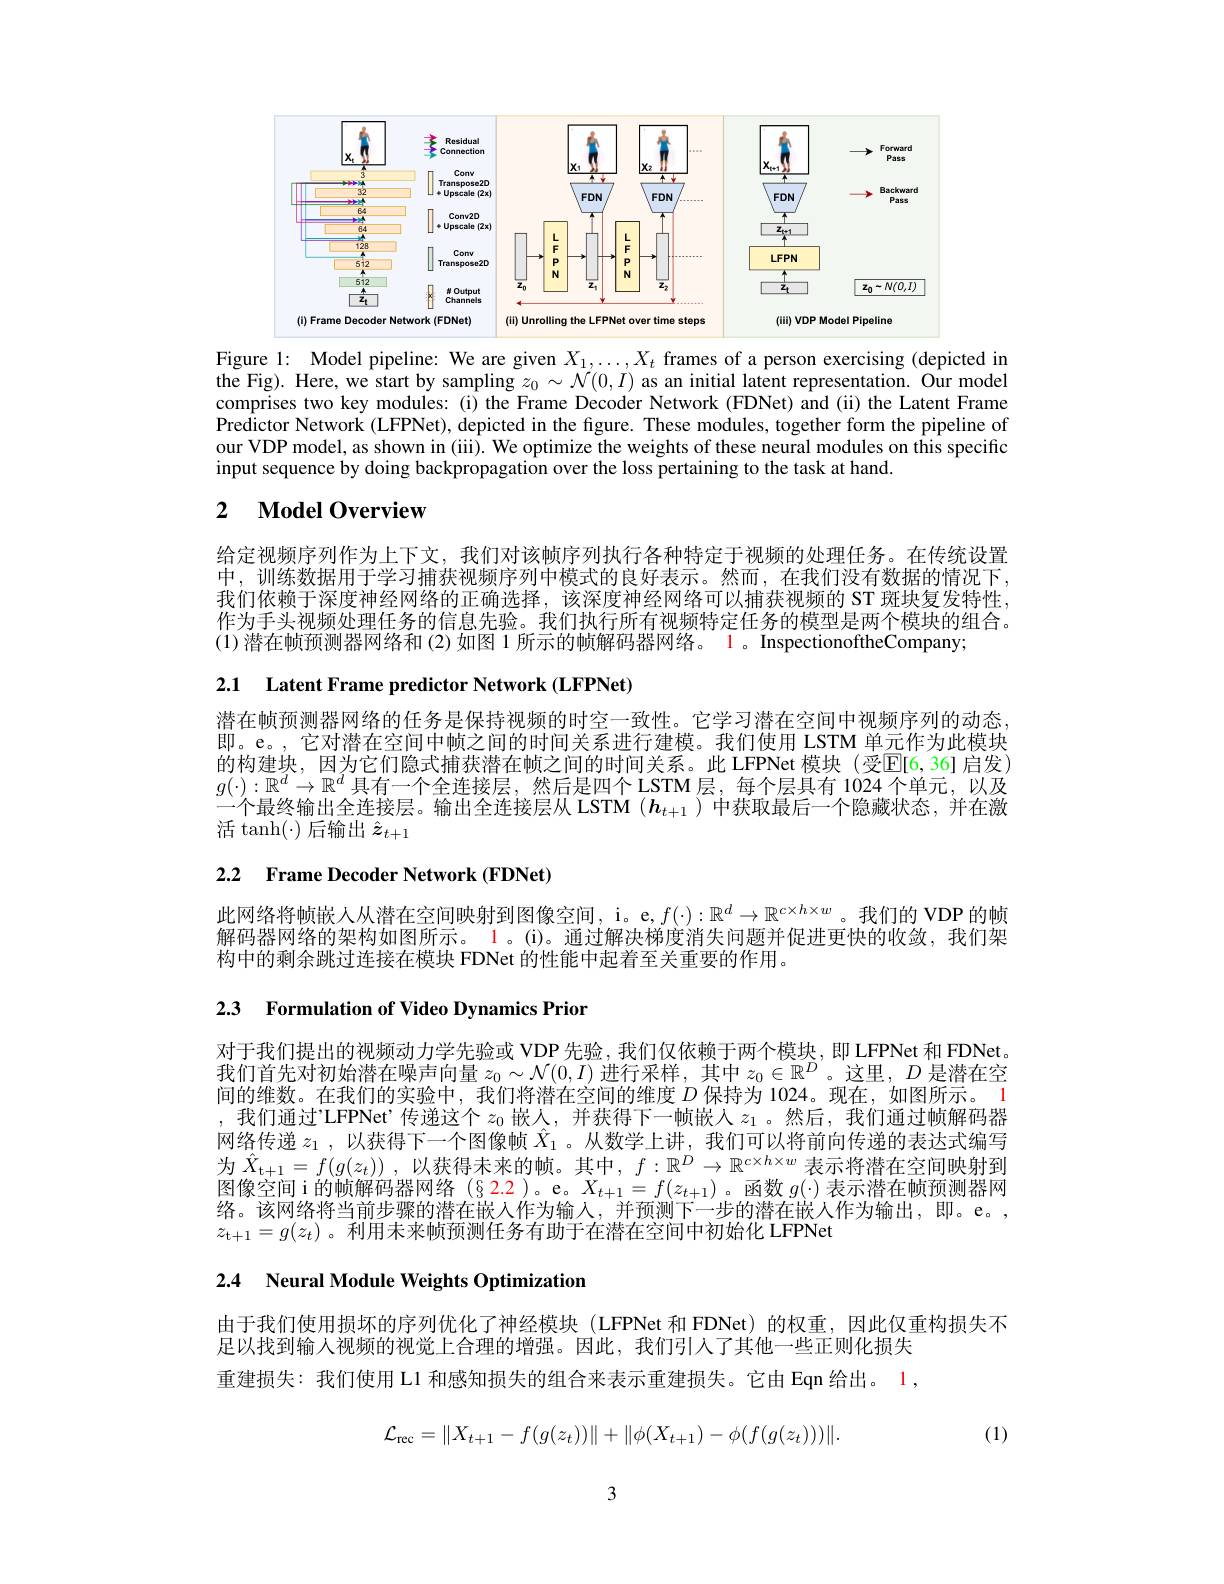
<FigureHere>

Figure 1: Model pipeline: We are given $X_1,\ldots,X_t$ frames of a person exercising (depicted in the Fig). Here, we start by sampling $z_0\sim\mathcal{N}(0,I)$ as an initial latent representation. Our model comprises two key modules: (i) the Frame Decoder Network (FDNet) and (ii) the Latent Frame Predictor Network (LFPNet), depicted in the figure. These modules, together form the pipeline of our VDP model, as shown in (iii). We optimize the weights of these neural modules on this specific input sequence by doing backpropagation over the loss pertaining to the task at hand.

### 2 $\textbf{Model Overview}$

给定视频序列作为上下文，我们对该帧序列执行各种特定于视频的处理任务。在传统设置中，训练数据用于学习捕获视频序列中模式的良好表示。然而，在我们没有数据的情况下， 我们依赖于深度神经网络的正确选择，该深度神经网络可以捕获视频的 ST 斑块复发特性， 作为手头视频处理任务的信息先验。我们执行所有视频特定任务的模型是两个模块的组合。(1)潜在帧预测器网络和 (2)如图 1 所示的帧解码器网络。1 。InspectionoftheCompany;

2.1 Latent Frame predictor Network (LFPNet)

潜在帧预测器网络的任务是保持视频的时空一致性。它学习潜在空间中视频序列的动态， 即。e。,它对潜在空间中帧之间的时间关系进行建模。我们使用 LSTM 单元作为此模块的构建块，因为它们隐式捕获潜在帧之间的时间关系。此 LFPNet 模块 (受$\overline{\mathrm{E}}[6,36]$ 启发) $g(\cdot):\mathbb{R}^d\to\mathbb{R}^d$具有一个全连接层，然后是四个 LSTM层，每个层具有 1024 个单元，以及一个最终输出全连接层。输出全连接层从 LSTM $(\boldsymbol{h}_{t+1})$中获取最后一个隐藏状态，并在激活$\tanh(\cdot)$后输出$\hat{\boldsymbol{z}}_t+1$

# 2.2 Frame Decoder Network (FDNet)

此网络将帧嵌入从潜在空间映射到图像空间，i。e,$f(\cdot):\mathbb{R}^d\to\mathbb{R}^{c\times h\times w}$。我们的 VDP 的帧解码器网络的架构如图所示。1。(i)。通过解决梯度消失问题并促进更快的收敛，我们架构中的剩余跳过连接在模块 FDNet 的性能中起着至关重要的作用。

2.3 Formulation of Video Dynamics Prior

对于我们提出的视频动力学先验或 VDP 先验，我们仅依赖于两个模块，即 LFPNet 和 FDNet。我们首先对初始潜在噪声向量$z_0\sim\mathcal{N}(0,I)$进行采样，其中$z_0\in\mathbb{R}^D$。这里，$D$是潜在空间的维数。在我们的实验中，我们将潜在空间的维度$D$保持为 1024。现在，如图所示。1 ,我们通过'LFPNet'传递这个$z_0$嵌人，并获得下一帧嵌人$z_1$。然后，我们通过帧解码器网络传递$z_1$,以获得下一个图像帧$\bar{X}_1$。从数学上讲，我们可以将前向传递的表达式编写为$\hat{X} _{\mathrm{t} + 1}= f( g( z_t) )$ ,以获得未来的帧。其中$,f:\mathbb{R}^D\to\mathbb{R}^{c\times h\times w}$表示将潜在空间映射到图像空间 i 的帧解码器网络$(\color{red}{\color{red}{2.2}})$。e。$X_t+1=f(z_{t+1})$。函数$g(\cdot)$表示潜在帧预测器网络。该网络将当前步骤的潜在嵌入作为输入，并预测下一步的潜在嵌人作为输出，即。e。, $z_{\mathrm{t+1}}=g(z_t)$。利用未来帧预测任务有助于在潜在空间中初始化 LFPNet

2.4 Neural Module Weights Optimization

由于我们使用损坏的序列优化了神经模块 (LFPNet 和 FDNet) 的权重，因此仅重构损失不
足以找到输入视频的视觉上合理的增强。因此，我们引人了其他一些正则化损失重建损失：我们使用 L1 和感知损失的组合来表示重建损失。它由 Eqn 给出。1,
$$\mathcal{L}_{\mathrm{rec}}=\|X_{t+1}-f(g(z_{t}))\|+\|\phi(X_{t+1})-\phi(f(g(z_{t})))\|.$$
(1)

3